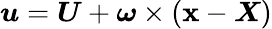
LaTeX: \boldsymbol{u}=\boldsymbol{U}+\boldsymbol{\omega}\times(\boldsymbol{\mathbf{x}}-\boldsymbol{X})